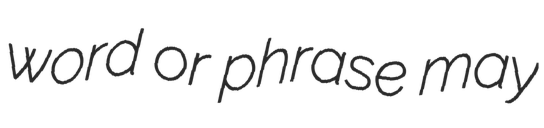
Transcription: word or phrase may